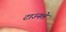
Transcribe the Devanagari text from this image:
टाउनले